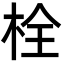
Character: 栓